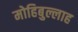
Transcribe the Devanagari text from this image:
मोहिबुल्लाह